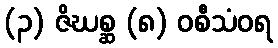
(၃) ဇိဃစ္ဆ (၈) ဝစီသံဝရ